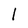
Character: l